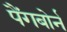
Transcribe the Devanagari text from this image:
पैंगबोर्न